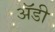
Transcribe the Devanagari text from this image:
अॅडी